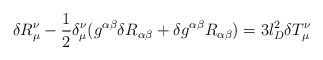
\begin{align*}\delta R_{\mu}^{\nu}- \frac{1}{2}\delta_{\mu}^{\nu}( g^{\alpha\beta}\delta R_{\alpha\beta}+ \delta g^{\alpha\beta} R_{\alpha\beta})=3 l_{D}^2 \delta T_{\mu}^{\nu}\end{align*}